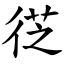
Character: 徔